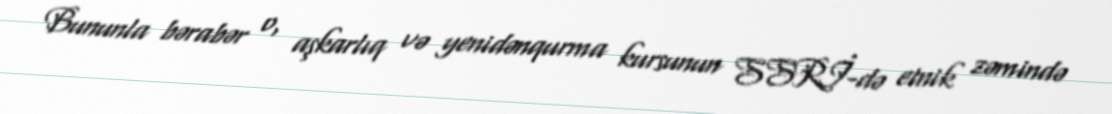
Bununla bərabər o, aşkarlıq və yenidənqurma kursunun SSRİ-də etnik zəmində